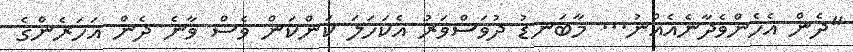
"ދެން އެހެންވެދާނެއެއްނު... މާބަނޑު ދުވަސްވަރު އެކަހަލަ ކަންކަން ވެސް ވާނެ ދެން އަހަރެންގެ